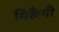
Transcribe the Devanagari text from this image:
गिरूँगी